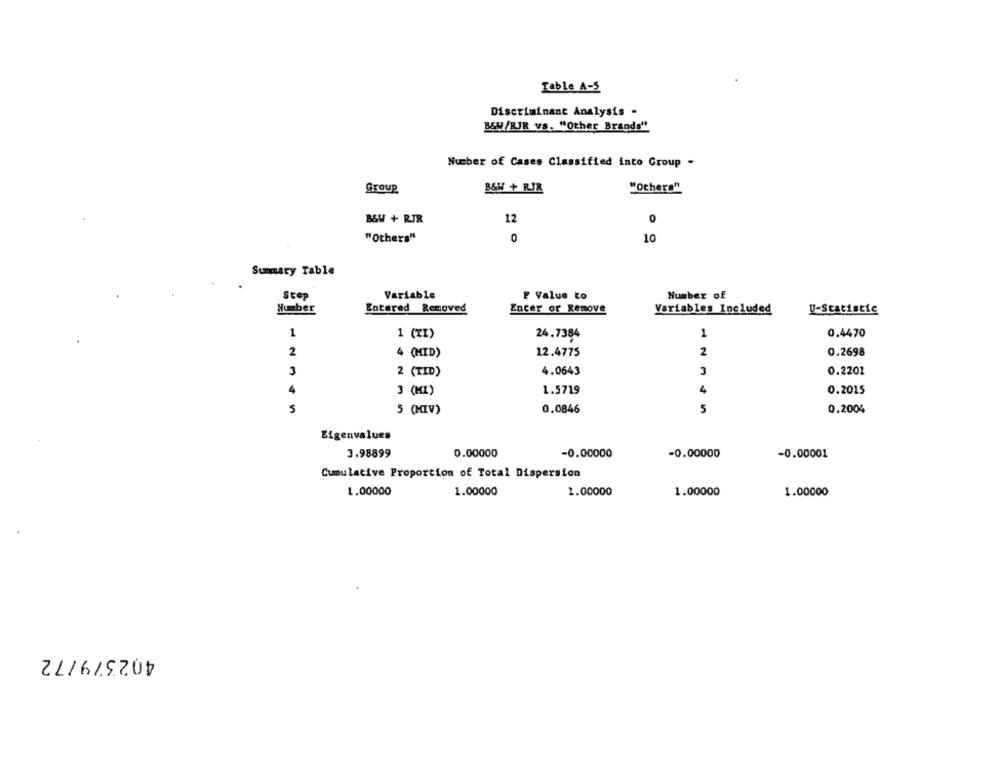
Table A-S
Discriminant Analysis -
B&W/RJR VS. "Other Brands"
Number of Cases Classified into Group -
Group
B&W + RJR
"others"
B&W + RJR
12
0
"Others"
0
10
Summary Table
Step
Variable
F Value to
Number of
Number
Entered Removed
Encer or Remove
Variables Included
U-Statistic
1
1 (TI)
24.7384
1
0.4470
2
12.4775
2
0.2698
4 (MID)
3
2 (TID)
4.0643
3
0.2201
4
1.5719
4
0.2015
3 (MI)
5
5 (HIV)
0.0846
5
0.2004
Eigenvalues
3.98899
0.00000
-0.00000
-0.00000
-0.00001
Cumulative Proportion of Total Dispersion
1.00000
1.00000
1.00000
1.00000
1.00000
402379/72